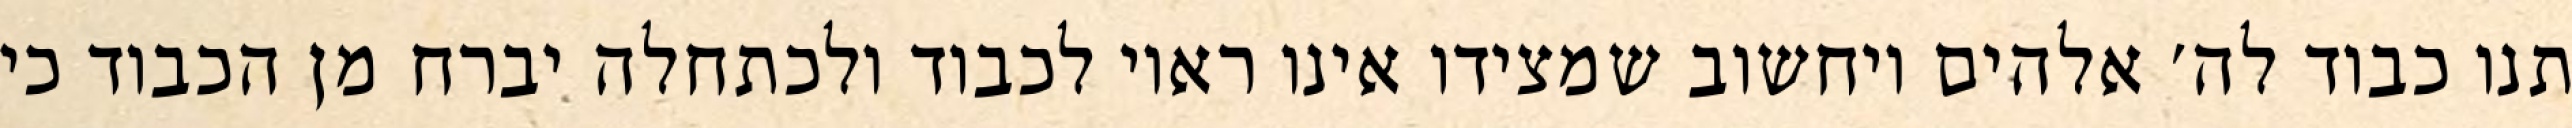
תנו כבוד לה׳ אלהים ויחשוב שמצידו אינו ראוי לכבוד ולכתחלה יברח מן הכבוד כי